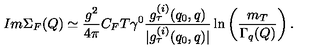
I m \Sigma _ { F } ( Q ) \simeq \frac { g ^ { 2 } } { 4 \pi } C _ { F } T \gamma ^ { 0 } \frac { g _ { \tau } ^ { ( i ) } ( q _ { 0 } , q ) } { | g _ { \tau } ^ { ( i ) } ( q _ { 0 } , q ) | } \ln \left( \frac { m _ { T } } { \Gamma _ { q } ( Q ) } \right) .